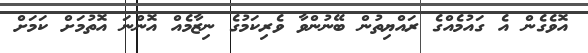
އޮވެގެން އެ ގައުމެއްގެ ރައްޔިތުން ބޭނުންވާ ވެރިކަމުގެ ނިޒާމެއް އޮންނަ އޮތުމަށް ކަމަށް